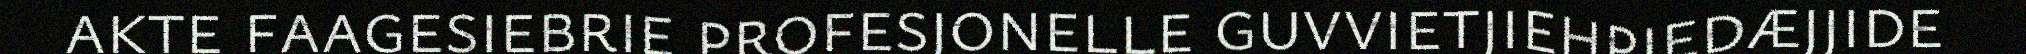
akte faagesiebrie profesjonelle guvvietjiehpiedæjjide